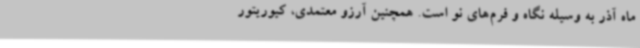
ماه آذر به وسیله نگاه و فرم‌های نو است. همچنین آرزو معتمدی، کیوریتور